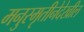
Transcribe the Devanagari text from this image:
मनुस्मृतीनेदेखील